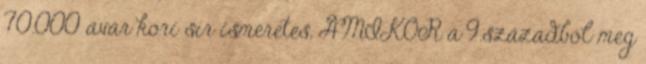
70.000 avar kori sír ismeretes, AMIKOR a 9.századból meg